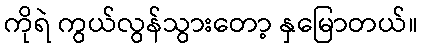
ကိုရဲ ကွယ်လွန်သွားတော့ နှမြောတယ်။